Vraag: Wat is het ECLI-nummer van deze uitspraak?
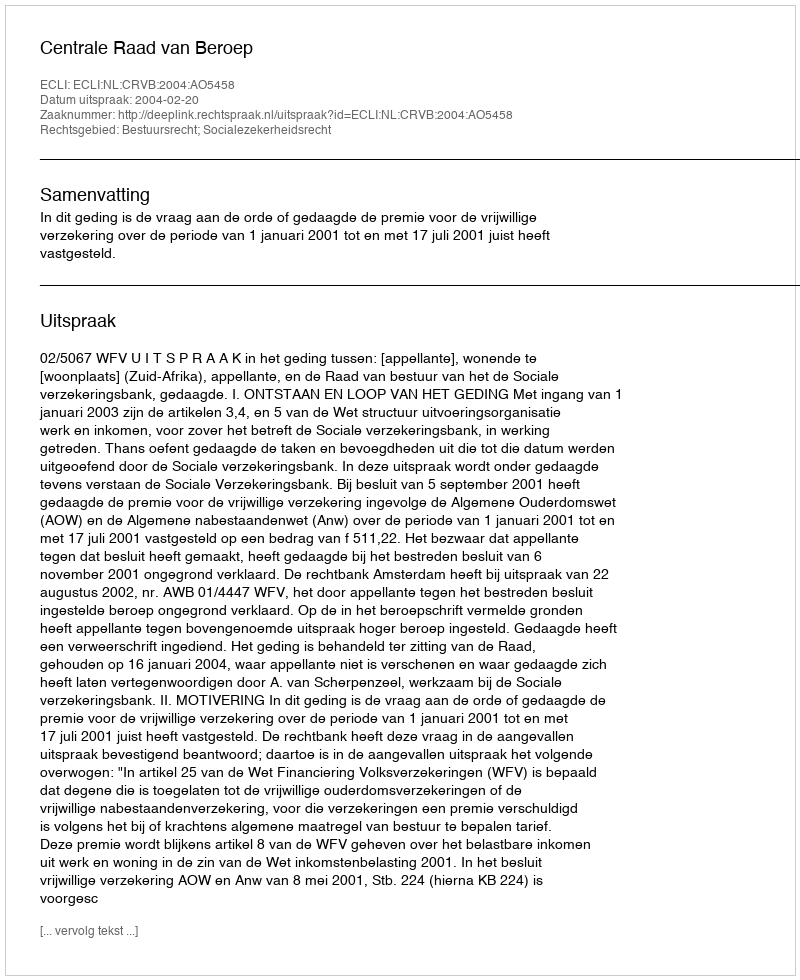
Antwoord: ECLI:NL:CRVB:2004:AO5458